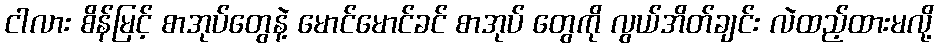
ငါလား စိန်မြင့် စာအုပ်တွေနဲ့ မောင်မောင်ခင် စာအုပ် တွေကို လွယ်အိတ်ချင်း လဲထည့်ထားမလို့